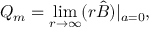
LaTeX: Q _ { m } = \operatorname * { l i m } _ { r \to \infty } ( r \hat { \cal B } ) | _ { a = 0 } ,